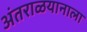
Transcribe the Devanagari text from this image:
अंतराळयानाला